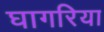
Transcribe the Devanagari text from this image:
घागरिया